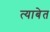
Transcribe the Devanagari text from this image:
त्याबेत